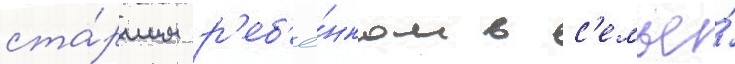
ста́ршим р'еб'ё́нком в с'емье́